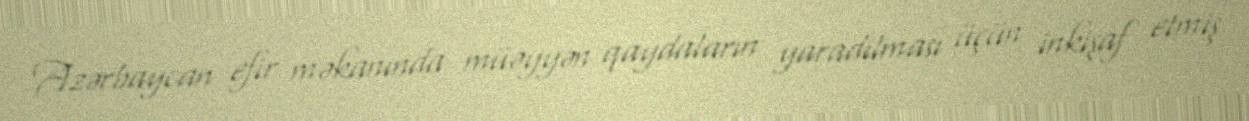
Azərbaycan efir məkanında müəyyən qaydaların yaradılması üçün inkişaf etmiş